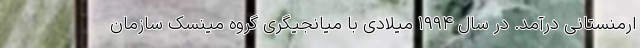
ارمنستانی درآمد. در سال ۱۹۹۴ میلادی با میانجیگری گروه مینسک سازمان